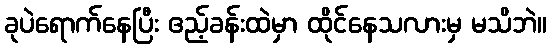
ခုပဲရောက်နေပြီး ဧည့်ခန်းထဲမှာ ထိုင်နေသလားမှ မသိဘဲ။